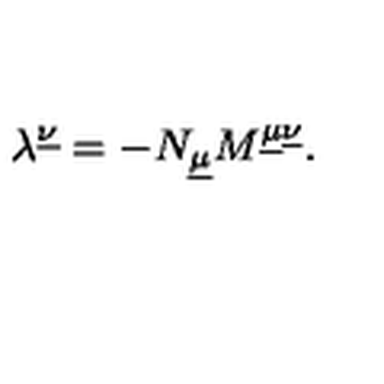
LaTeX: \lambda ^ { \underline { { \nu } } } = - N _ { \underline { { \mu } } } M ^ { \underline { { \mu } } \underline { { \nu } } } .